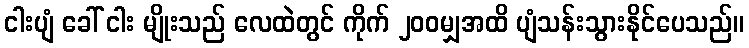
ငါးပျံ ခေါ် ငါး မျိုးသည် လေထဲတွင် ကိုက် ၂၀၀မျှအထိ ပျံသန်းသွားနိုင်ပေသည်။